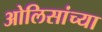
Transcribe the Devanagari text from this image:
ओलिसांच्या